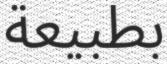
بطبيعة